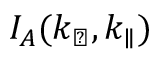
I _ { A } ( k _ { \perp } , k _ { \parallel } )